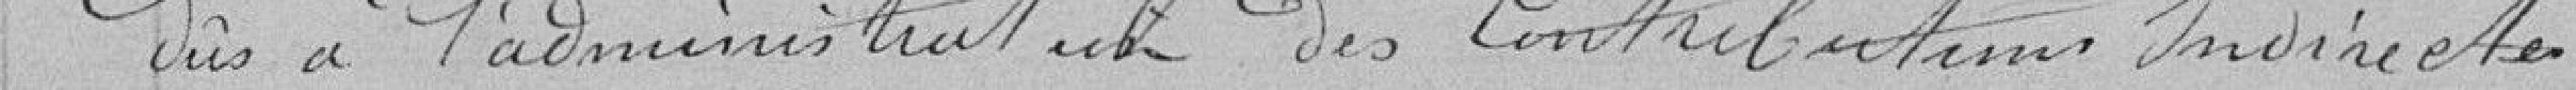
dus à l'administration des contribution indirectes